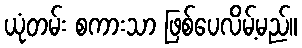
ယုံတမ်း စကားသာ ဖြစ်ပေလိမ့်မည်။